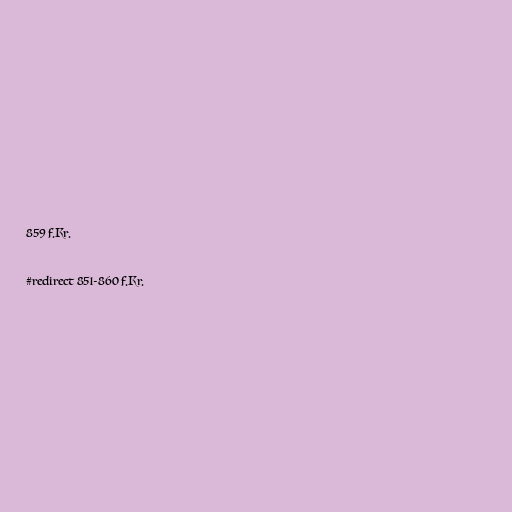
859 f.Kr.

#redirect 851-860 f.Kr.